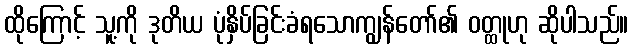
ထိုကြောင့် သူ့ကို ဒုတိယ ပုံနှိပ်ခြင်းခံရသောကျွန်တော်၏ ဝတ္ထုဟု ဆိုပါသည်။